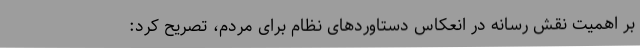
بر اهمیت نقش رسانه در انعکاس دستاوردهای نظام برای مردم، تصریح کرد: